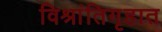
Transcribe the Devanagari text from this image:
विश्रांतिगृहात